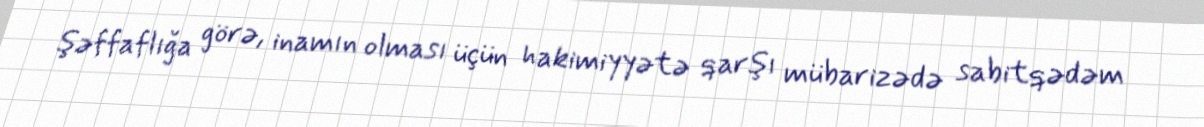
şəffaflığa görə, inamın olması üçün hakimiyyətə qarşı mübarizədə sabitqədəm